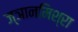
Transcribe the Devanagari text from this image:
ज्ञानमिश्रा